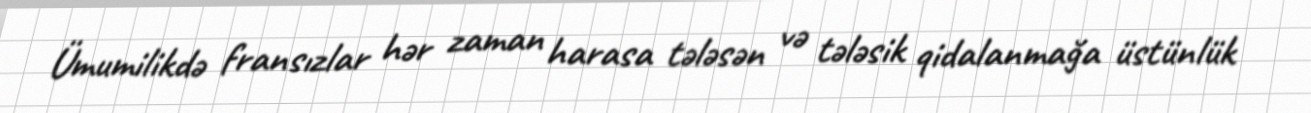
Ümumilikdə fransızlar hər zaman harasa tələsən və tələsik qidalanmağa üstünlük